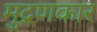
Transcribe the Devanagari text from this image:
मुद्रणकार